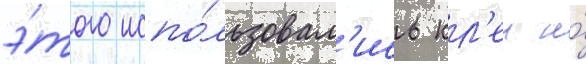
э́того испо́льзовал'ись кл'еи и́